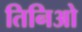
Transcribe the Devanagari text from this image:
तिनिओ